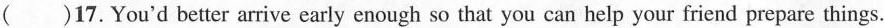
()17.You'd better arrive early enough so that you can help your friend prepare things.